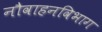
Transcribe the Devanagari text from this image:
नौवाहनविभाग